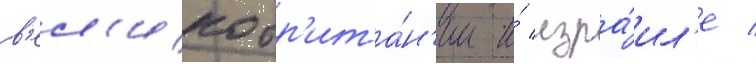
в'ел'икобр'ита́н'ии и́ изра́ил'е /